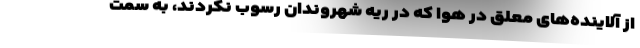
از آلاینده‌های معلق در هوا که در ریه شهروندان رسوب نکردند، به سمت